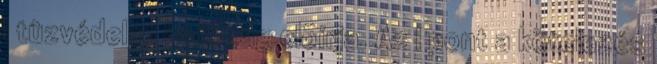
l tûzvédelmi hatóság elõírja. Az l pont a kötelezés